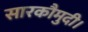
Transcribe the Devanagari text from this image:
सारकौमुदी।